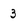
Character: 3